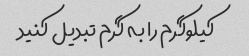
کیلوگرم را به گرم تبدیل کنید